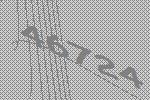
46724